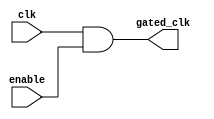
module clock_gating_cell (
    input wire clk,            // Main clock input
    input wire enable,         // Gating control signal
    output wire gated_clk      // Gated clock output
);
    assign gated_clk = clk & enable; // Basic gated clock logic
endmodule